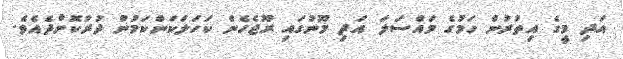
އަދި މީގެ އިތުރުން ހަމުގެ މައްސަލަ އަދި މޫނުގައި ރޫޖެހެން ކަހަލަކަންކަމުން ދުރުކޮށްދެއެވެ.